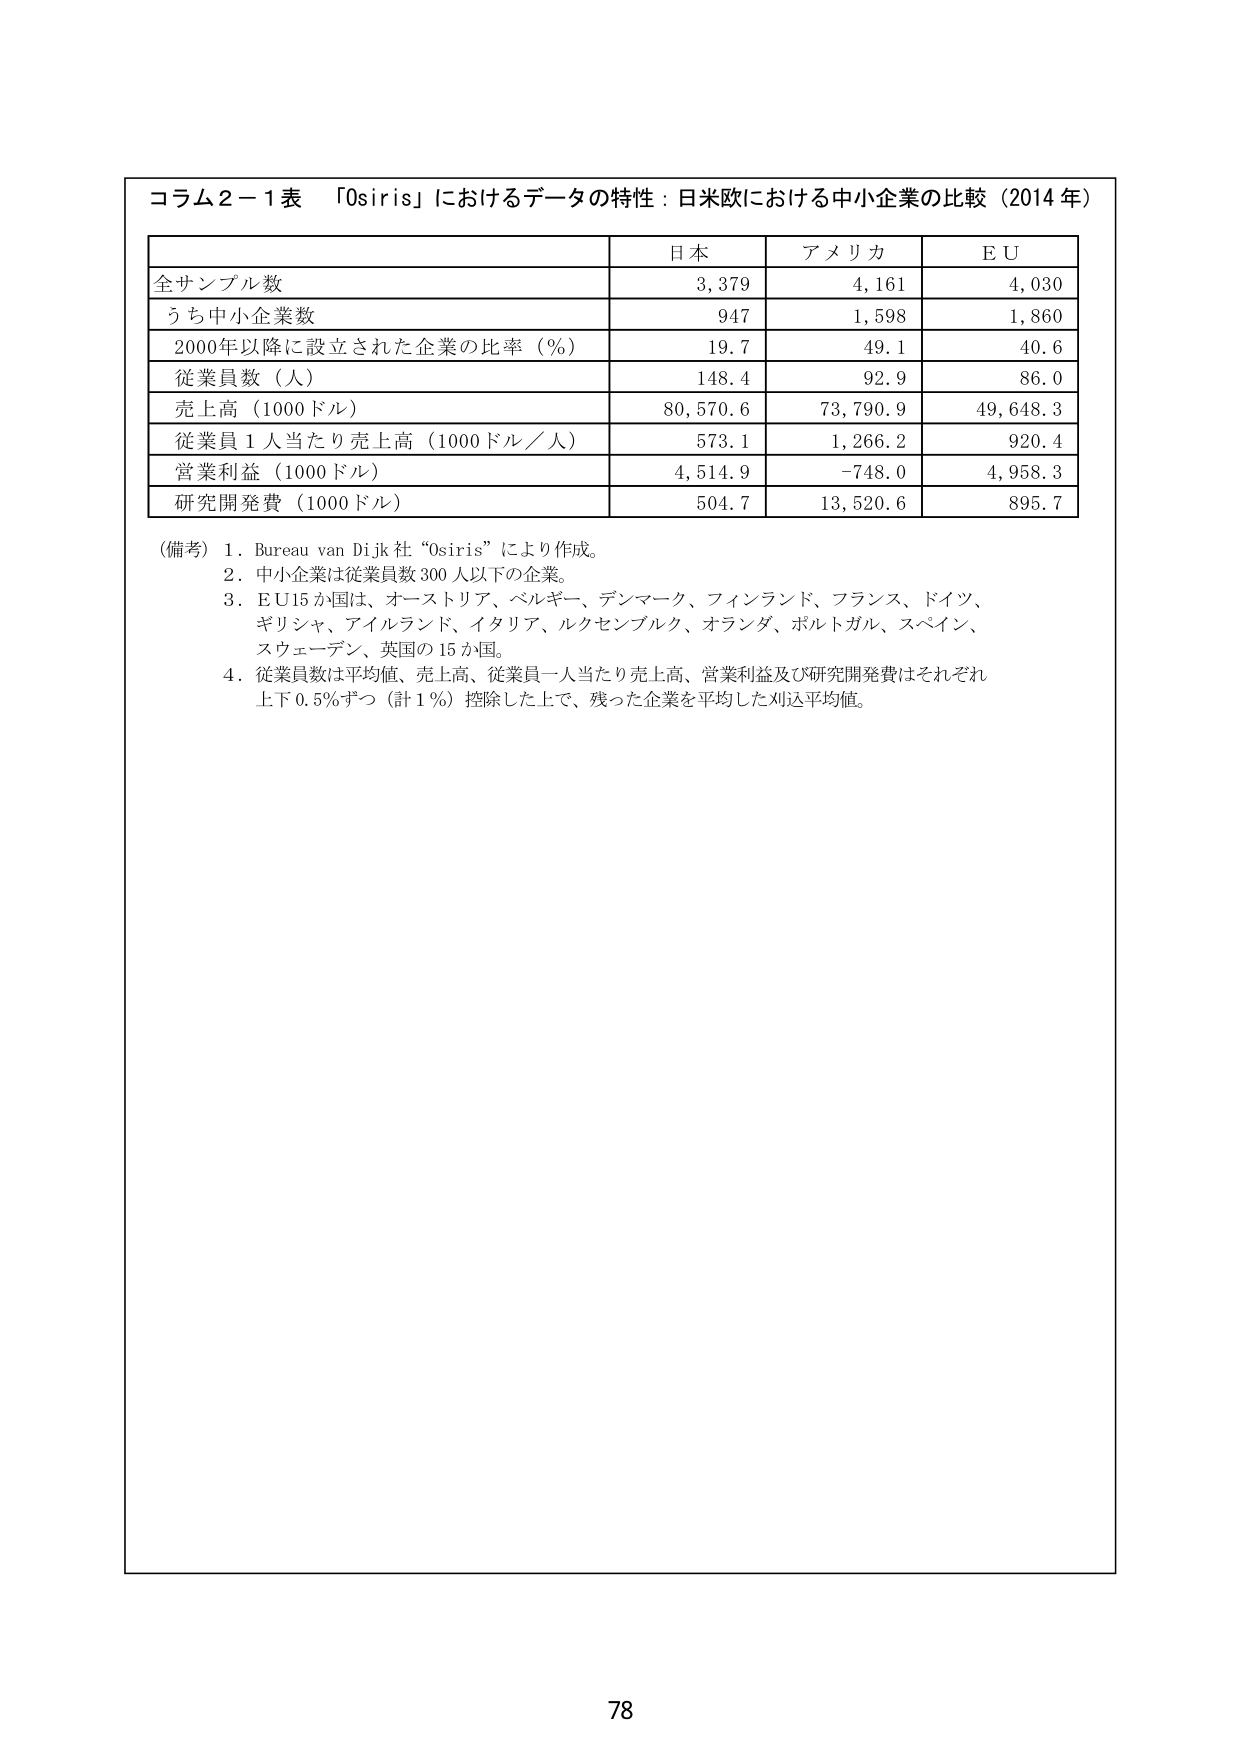
コラム２－１表 「Osiris」におけるデータの特性：日米欧における中小企業の比較（2014年）

日本 アメリカ E U
全サンプル数 3,379 4,161 4,030
うち中小企業数 947 1,598 1,860
2000年以降に設立された企業の比率（％） 19.7 49.1 40.6
従業員数（人） 148.4 92.9 86.0
売上高（1000ドル） 80,570.6 73,790.9 49,648.3
従業員1人当たり売上高（1000ドル／人） 573.1 1,266.2 920.4
営業利益（1000ドル） 4,514.9 -748.0 4,958.3
研究開発費（1000ドル） 504.7 13,520.6 895.7

（備考）1．Bureau van Dijk社 “Osiris” により作成。
2．中小企業は従業員数300人以下の企業。
3．EU15か国は、オーストリア、ベルギー、デンマーク、フィンランド、フランス、ドイツ、ギリシャ、アイルランド、イタリア、ルクセンブルク、オランダ、ポルトガル、スペイン、スウェーデン、英国の15か国。
4．従業員数は平均値、売上高、従業員一人当たり売上高、営業利益及び研究開発費はそれぞれ上下0.5％ずつ（計1％）控除した上で、残った企業を平均した刈込平均値。

78